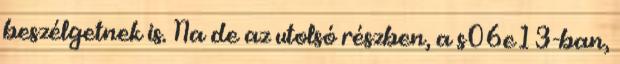
beszélgetnek is. Na de az utolsó részben, a s06e13-ban,